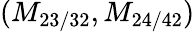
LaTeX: (M_{23/32},M_{24/42})